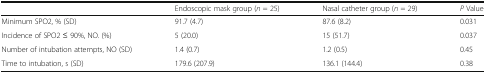
<table><thead><tr><td></td><td><b>Endoscopic mask group (<i>n</i> = 25)</b></td><td><b>Nasal catheter group (<i>n</i> = 29)</b></td><td><b><i>P</i> Value</b></td></tr></thead><tbody><tr><td>Minimum SPO2, % (SD)</td><td>91.7 (4.7)</td><td>87.6 (8.2)</td><td>0.031</td></tr><tr><td>Incidence of SPO2 ≤ 90%, NO. (%)</td><td>5 (20.0)</td><td>15 (51.7)</td><td>0.037</td></tr><tr><td>Number of intubation attempts, NO (SD)</td><td>1.4 (0.7)</td><td>1.2 (0.5)</td><td>0.45</td></tr><tr><td>Time to intubation, s (SD)</td><td>179.6 (207.9)</td><td>136.1 (144.4)</td><td>0.38</td></tr></tbody></table>